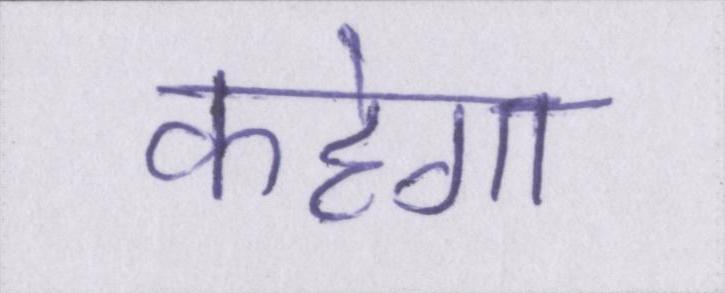
कहेगा